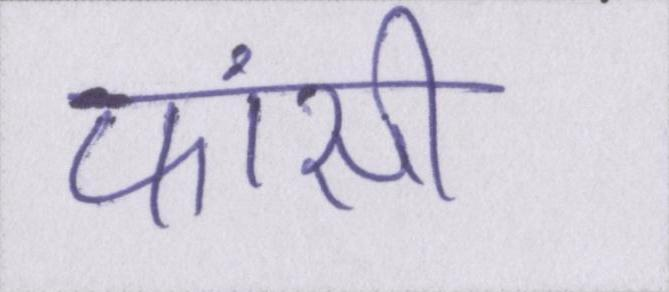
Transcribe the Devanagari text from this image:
फांसी